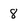
Character: 8